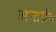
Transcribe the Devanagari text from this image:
अन्तर्ग्रथ